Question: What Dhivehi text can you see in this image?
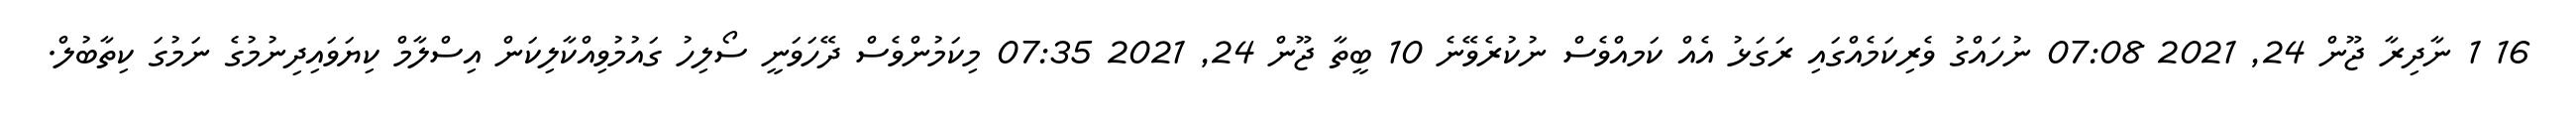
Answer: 16 1 ނާދިރާ ޖޫން 24, 2021 07:08 ނުހައްގު ވެރިކަމެއްގައި ރަގަޅު އެއް ކަމއްވެސް ނުކުރެވޭނެ 10 ބީތާ ޖޫން 24, 2021 07:35 މިކަމުންވެސް ދޭހަވަނީ ސޯލިހު ގައުމުވިއްކާލިކަން އިސްލާމް ކިޔަވައިދިނުމުގެ ނަމުގަ ކިތާބުލް.